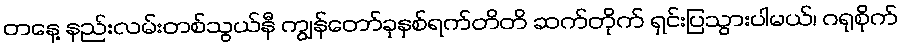
တနေ့ နည်းလမ်းတစ်သွယ်နီ ကျွန်တော်ခုနှစ်ရက်တိတိ ဆက်တိုက် ရှင်းပြသွားပါမယ်၊ ဂရုစိုက်